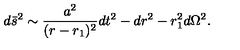
d \bar { s } ^ { 2 } \sim \frac { a ^ { 2 } } { ( r - r _ { 1 } ) ^ { 2 } } d t ^ { 2 } - d r ^ { 2 } - r _ { 1 } ^ { 2 } d \Omega ^ { 2 } .